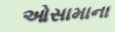
ઓસામાના